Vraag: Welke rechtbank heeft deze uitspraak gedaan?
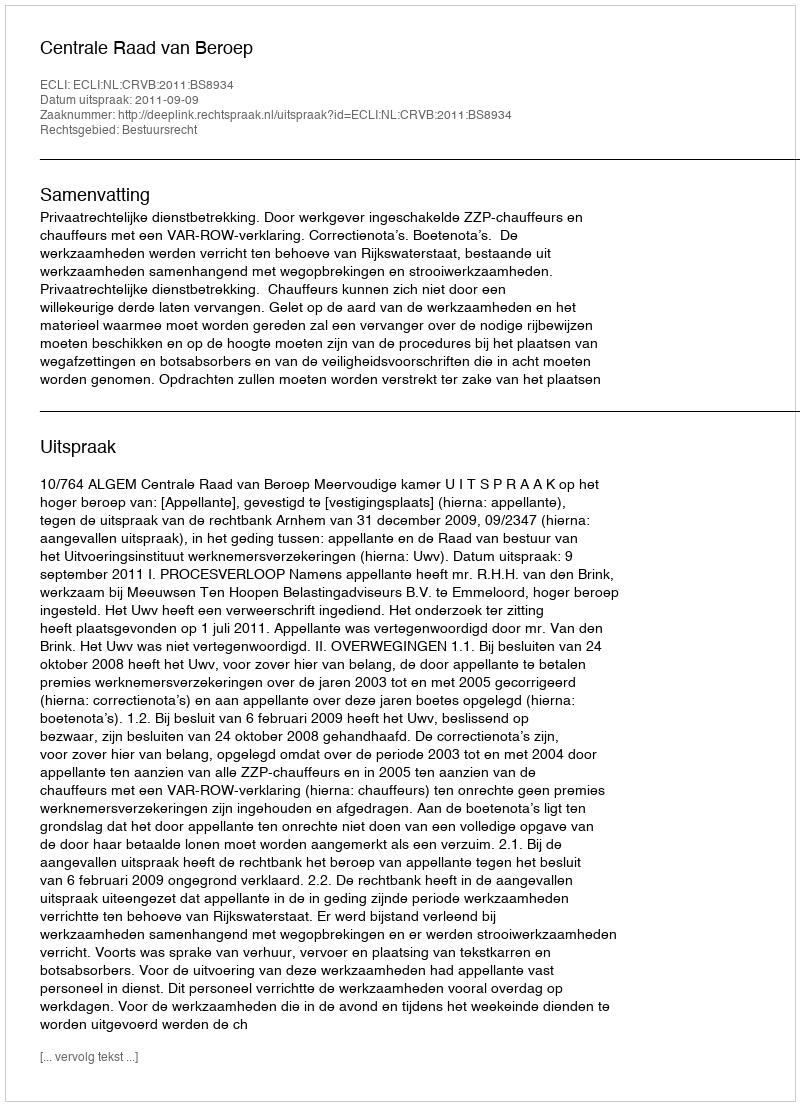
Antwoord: Centrale Raad van Beroep